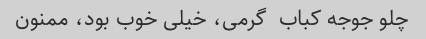
چلو جوجه کباب  گرمی، خیلی خوب بود، ممنون